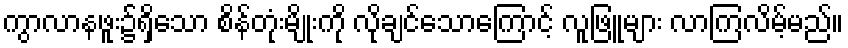
ကွာလာနဖူး၌ရှိသော စိန်တုံးမျိုးကို လိုချင်သောကြောင့် လူဖြူများ လာကြလိမ့်မည်။